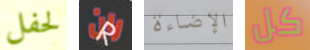
لحفل ران الإضاءة كل